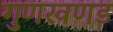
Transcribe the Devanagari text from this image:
गुणखणड